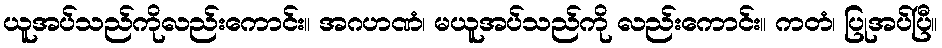
ယူအပ်သည်ကိုလည်းကောင်း။ အဂဟဏံ၊ မယူအပ်သည်ကို လည်းကောင်း။ ကတံ၊ ပြုအပ်ပြီ။